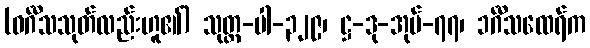
(ဝင်္ဂီသသုတ်လည်းဟူ၏) သုတ္တ-ပါ-၃၂၉၊ ဋ္ဌ-ဒု-အုပ်-၇၇၊ ၁င်္ဂီသထေရ်က